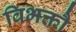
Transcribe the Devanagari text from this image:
विभक्तौ